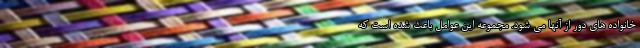
خانواده های دور از آنها می شود. مجموعه این عوامل باعث شده است که